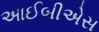
આઈબીએસ